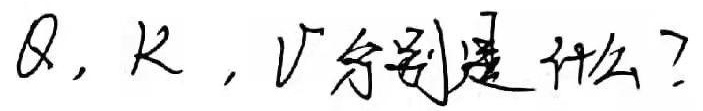
$Q,K,V$分别是什么？